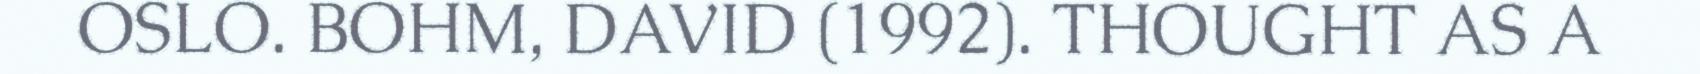
OSLO. BOHM, DAVID (1992). THOUGHT AS A